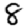
Digit: 8